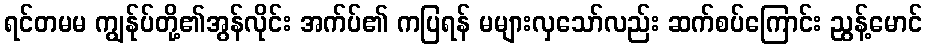
ရင်တမမ ကျွန်ုပ်တို့၏အွန်လိုင်း အက်ပ်၏ ကပြရန် မများလှသော်လည်း ဆက်စပ်ကြောင်း ညွန့်မောင်